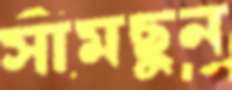
সামছুন